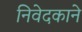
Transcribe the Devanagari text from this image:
निवेदकाने